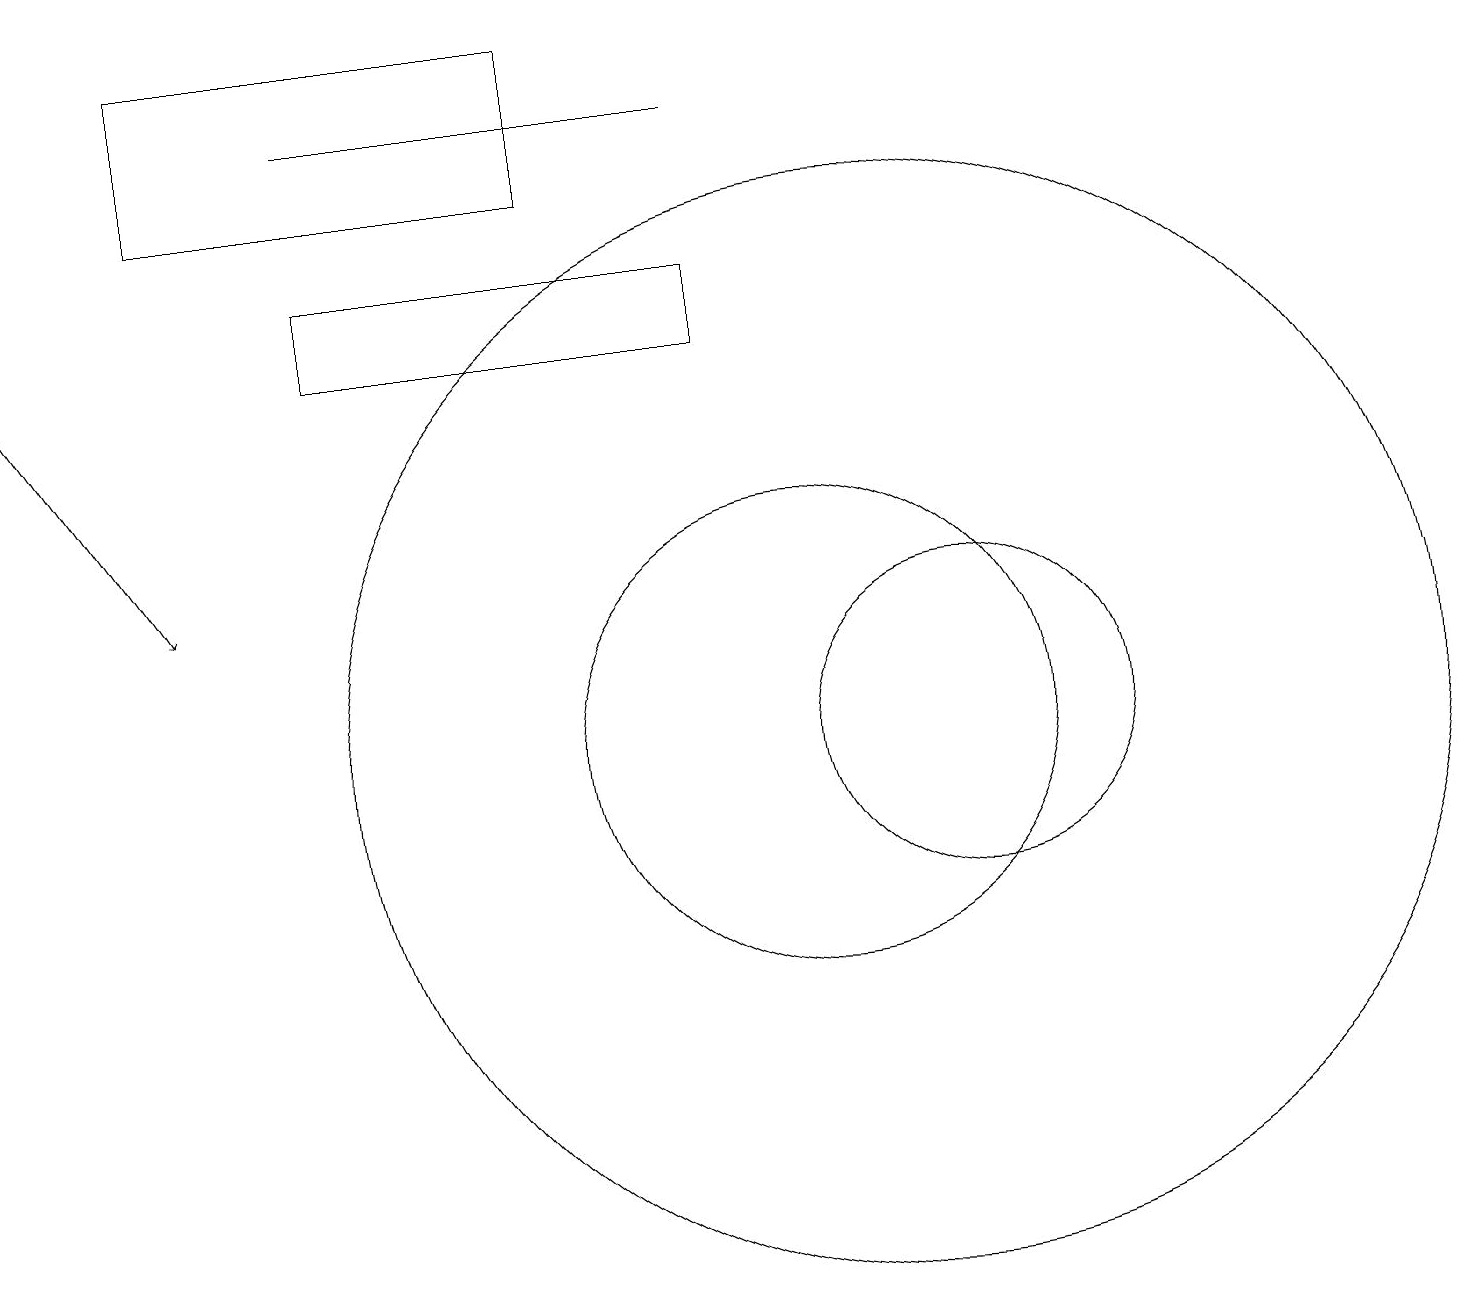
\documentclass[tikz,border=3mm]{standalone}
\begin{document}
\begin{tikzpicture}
\draw (10,10) circle (3);
\draw[->] (0,15) -- (2,12);
\draw (4,16) rectangle (9,15);
\draw (9,18) rectangle (4,18);
\draw (2,19) rectangle (7,17);
\draw (11,10) circle (7);
\draw (12,10) circle (2);
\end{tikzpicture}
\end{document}